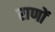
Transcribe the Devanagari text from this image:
राणों